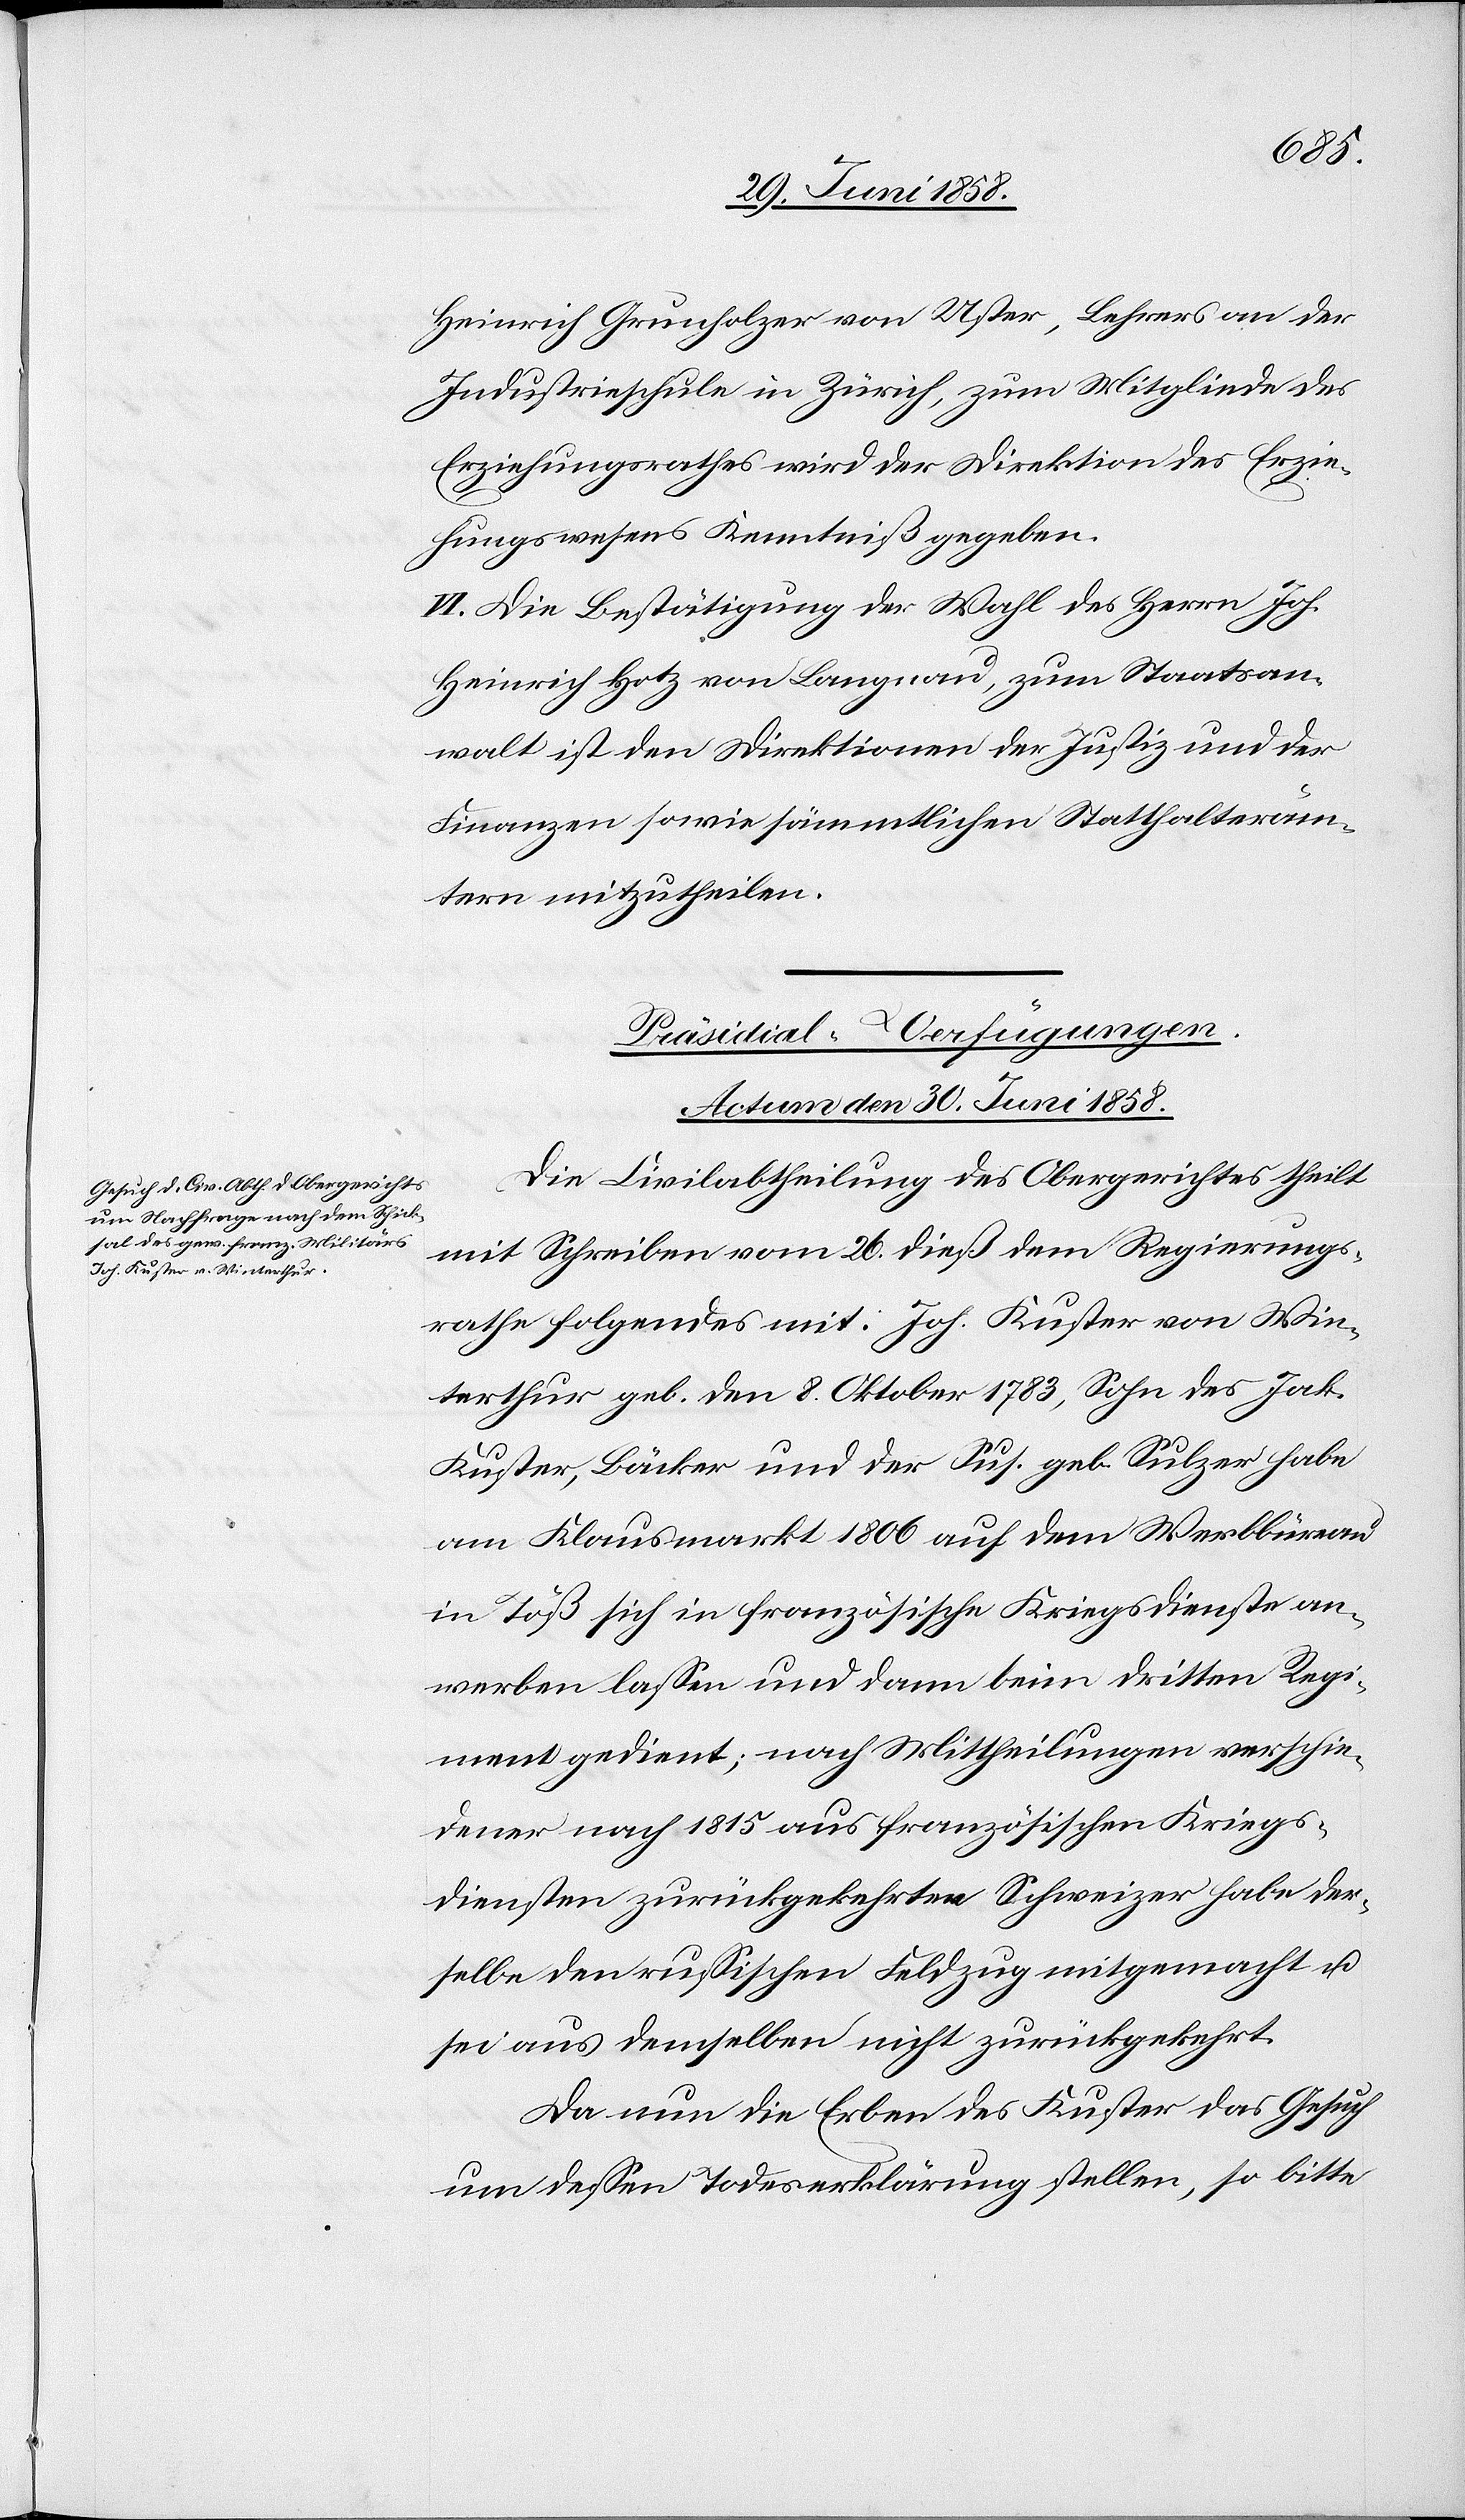
Heinrich Grunholzer von Uster, Lehrers an der
Industrieschule in Zürich, zum Mitgliede des
Erziehungsrathes wird der Direktion des Erzie¬
hungswesens Kenntniß gegeben.
VI. Die Bestätigung der Wahl des Herrn Joh.
Heinrich Hotz von Langnau, zum Staatsan¬
walt ist den Direktionen der Justiz und der
Finanzen sowie sämmtlichen Statthalteräm¬
tern mitzutheilen.
Präsidial-Verfügungen.
Actum den 30. Juni 1858.
Die Civilabtheilung des Obergerichtes theilt
mit Schreiben vom 26. dieß dem Regierungs¬
rathe folgendes mit: Joh. Kuster von Win¬
terthur geb. den 8. Oktober 1783, Sohn des Jak.
Kuster, Bäcker und der Sus. geb. Sulzer habe
am Klausmarkt 1806 auf dem Werbbüreau
in Töß sich in französische Kriegsdienste an¬
werben lassen und dann beim dritten Regi¬
ment gedient; nach Mittheilungen verschie¬
dener nach 1815 aus französischen Kriegs¬
diensten zurückgekehrter Schweizer habe der¬
selbe den russischen Feldzug mitgemacht u.
sei aus demselben nicht zurückgekehrt.
Da nun die Erben des Kuster das Gesuch
um dessen Todeserklärung stellen, so bitte